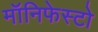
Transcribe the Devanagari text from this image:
मॉनिफेस्टो